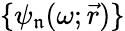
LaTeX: \{ \psi_{\mathfrak{n}}(\omega;\vec{r})\}